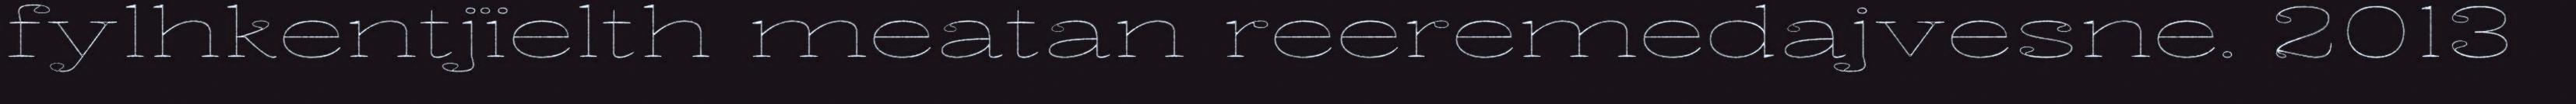
fylhkentjïelth meatan reeremedajvesne. 2013